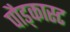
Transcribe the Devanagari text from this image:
पौड्कास्ट